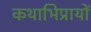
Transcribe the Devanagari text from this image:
कथाभिप्रायों